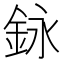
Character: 𨥭